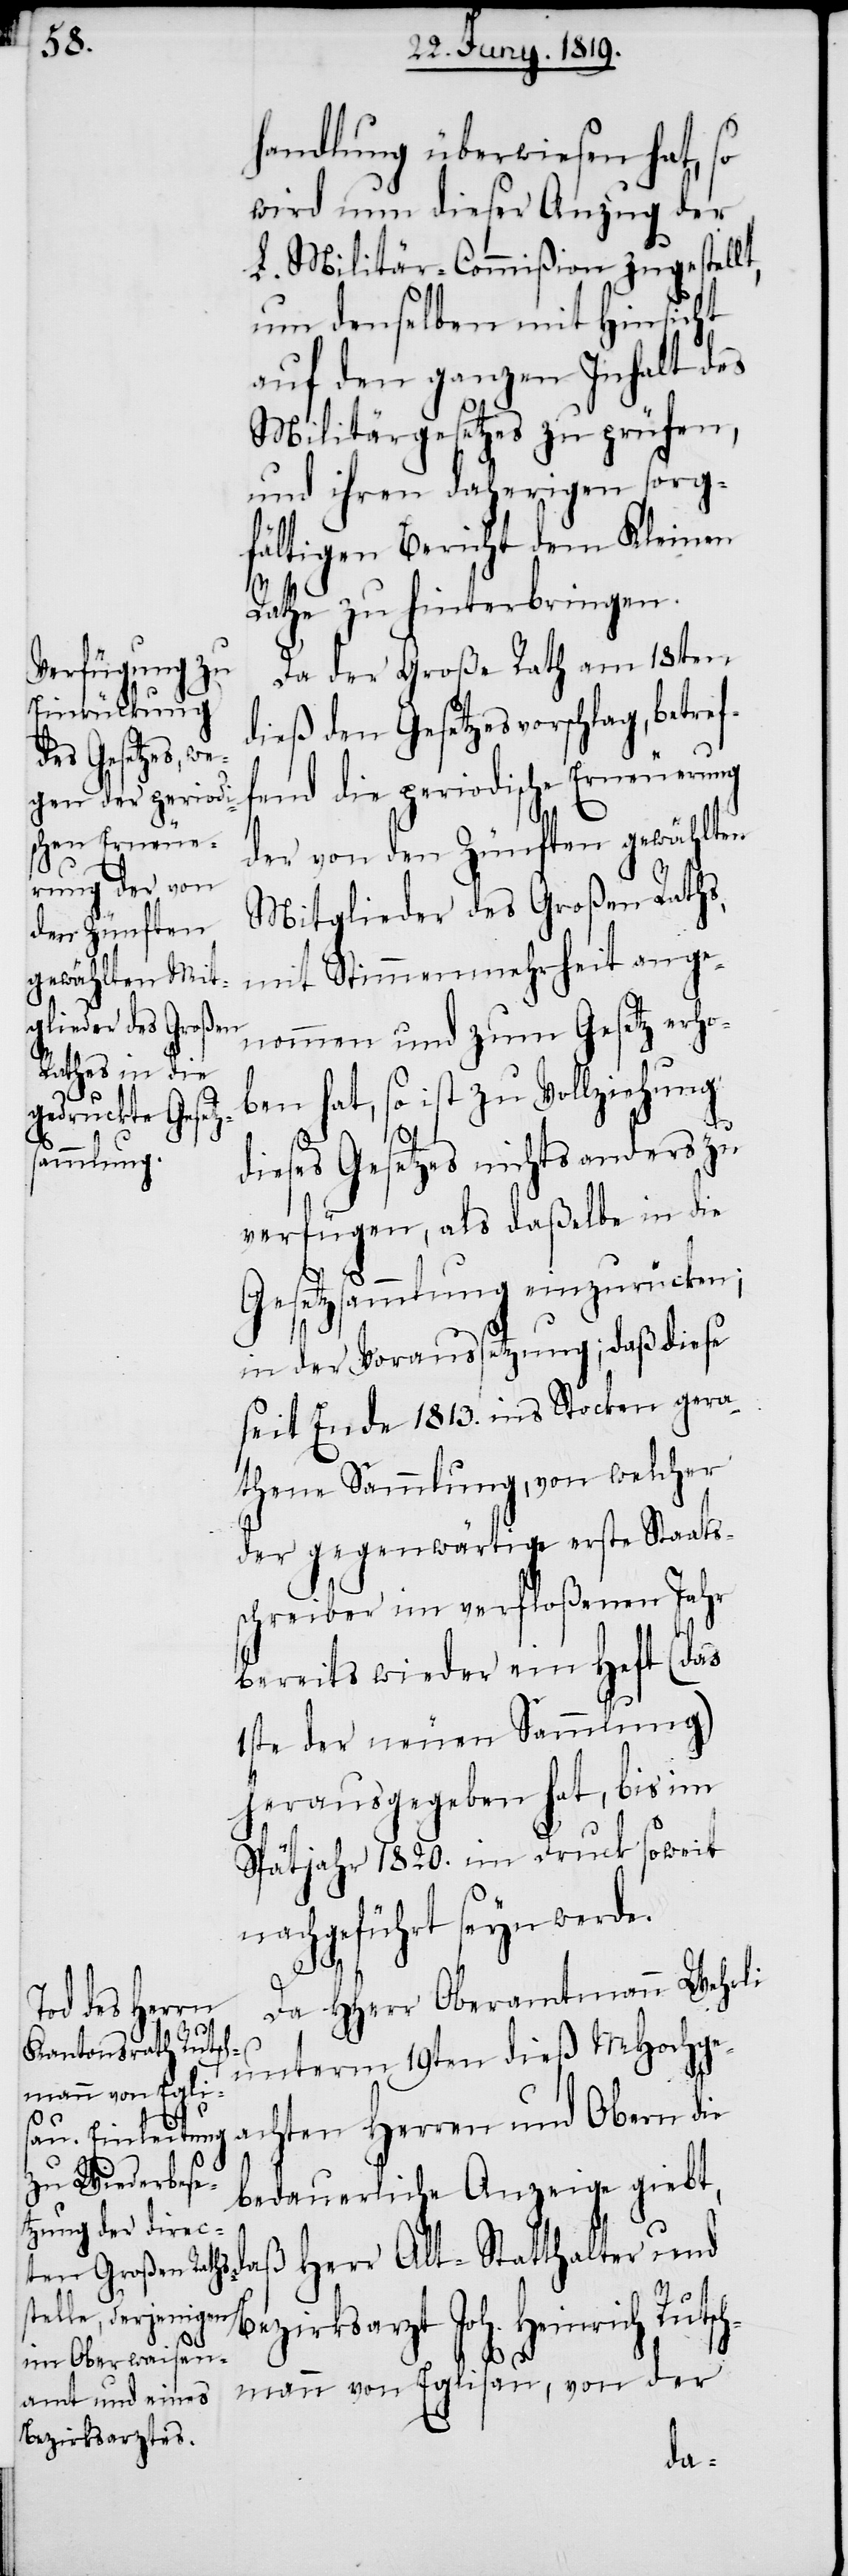
f¬

handlung überwiesen hat, so
wird nun dieser Anzug der
L. Militär-Commißion zugestellt,
um denselben mit Hinsicht
auf den ganzen Inhalt des
Militärgesetzes zu prüfen,
und ihren daherigen so¬
gfältigen Bericht dem Kleinen
Rathe zu hinterbringen.
Da der Große Rath am 18ten
dieß den Gesetzesvorschlag, betre¬
fend die periodische Erneuerung
der von den Zünften gewählten
Mitglieder des Großen Raths,
mit Stimmenmehrheit ange¬
nommen und zum Gesetz erho¬
ben hat, so ist zu Vollziehung
dieses Gesetzes nichts anders zu
verfügen, als daßelbe in die
Gesetzsammlung einzurücken;
in der Voraussetzung; daß diese
seit Ende 1813. ins Stocken gera¬
thene Sammlung , von welcher
der gegenwärtige erste Staats¬
schreiber im verfloßenen Jahr
bereits wieder ein Heft (das
1ste der neuen Sammlung)
herausgegeben hat, bis im
Spätjahr 1820. im Druck soweit
nachgeführt seyn werde.
Da HHerr Oberamtmann Wehrli
unterm 19ten dieß MHochge¬
achten Herren und Obern die
bedauerliche Anzeige giebt,
daß Herr Alt-Statthalter und
Bezirksarzt Joh. Heinrich Ruts¬
chmann von Eglisau, von der